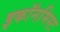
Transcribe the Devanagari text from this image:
इकॉनमिस्ट